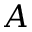
A